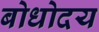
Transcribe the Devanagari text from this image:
बोधोदय